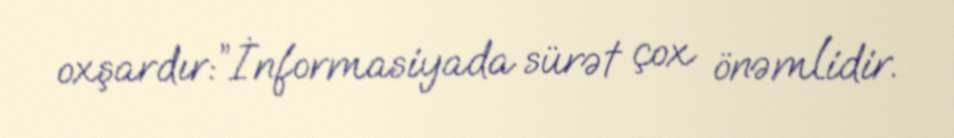
oxşardır:”İnformasiyada sürət çox önəmlidir.